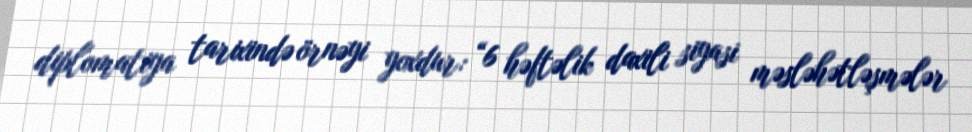
diplomatiya tarixində örnəyi yoxdur: “6 həftəlik daxili siyasi məsləhətləşmələr